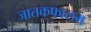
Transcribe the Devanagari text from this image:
जातकफालम